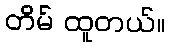
တိမ် ထူတယ်။